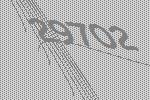
29702